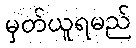
မှတ်ယူရမည်